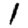
Digit: 1